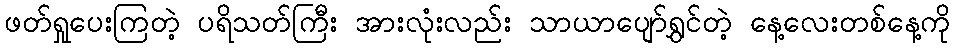
ဖတ်ရှုပေးကြတဲ့ ပရိသတ်ကြီး အားလုံးလည်း သာယာပျော်ရွှင်တဲ့ နေ့လေးတစ်နေ့ကို